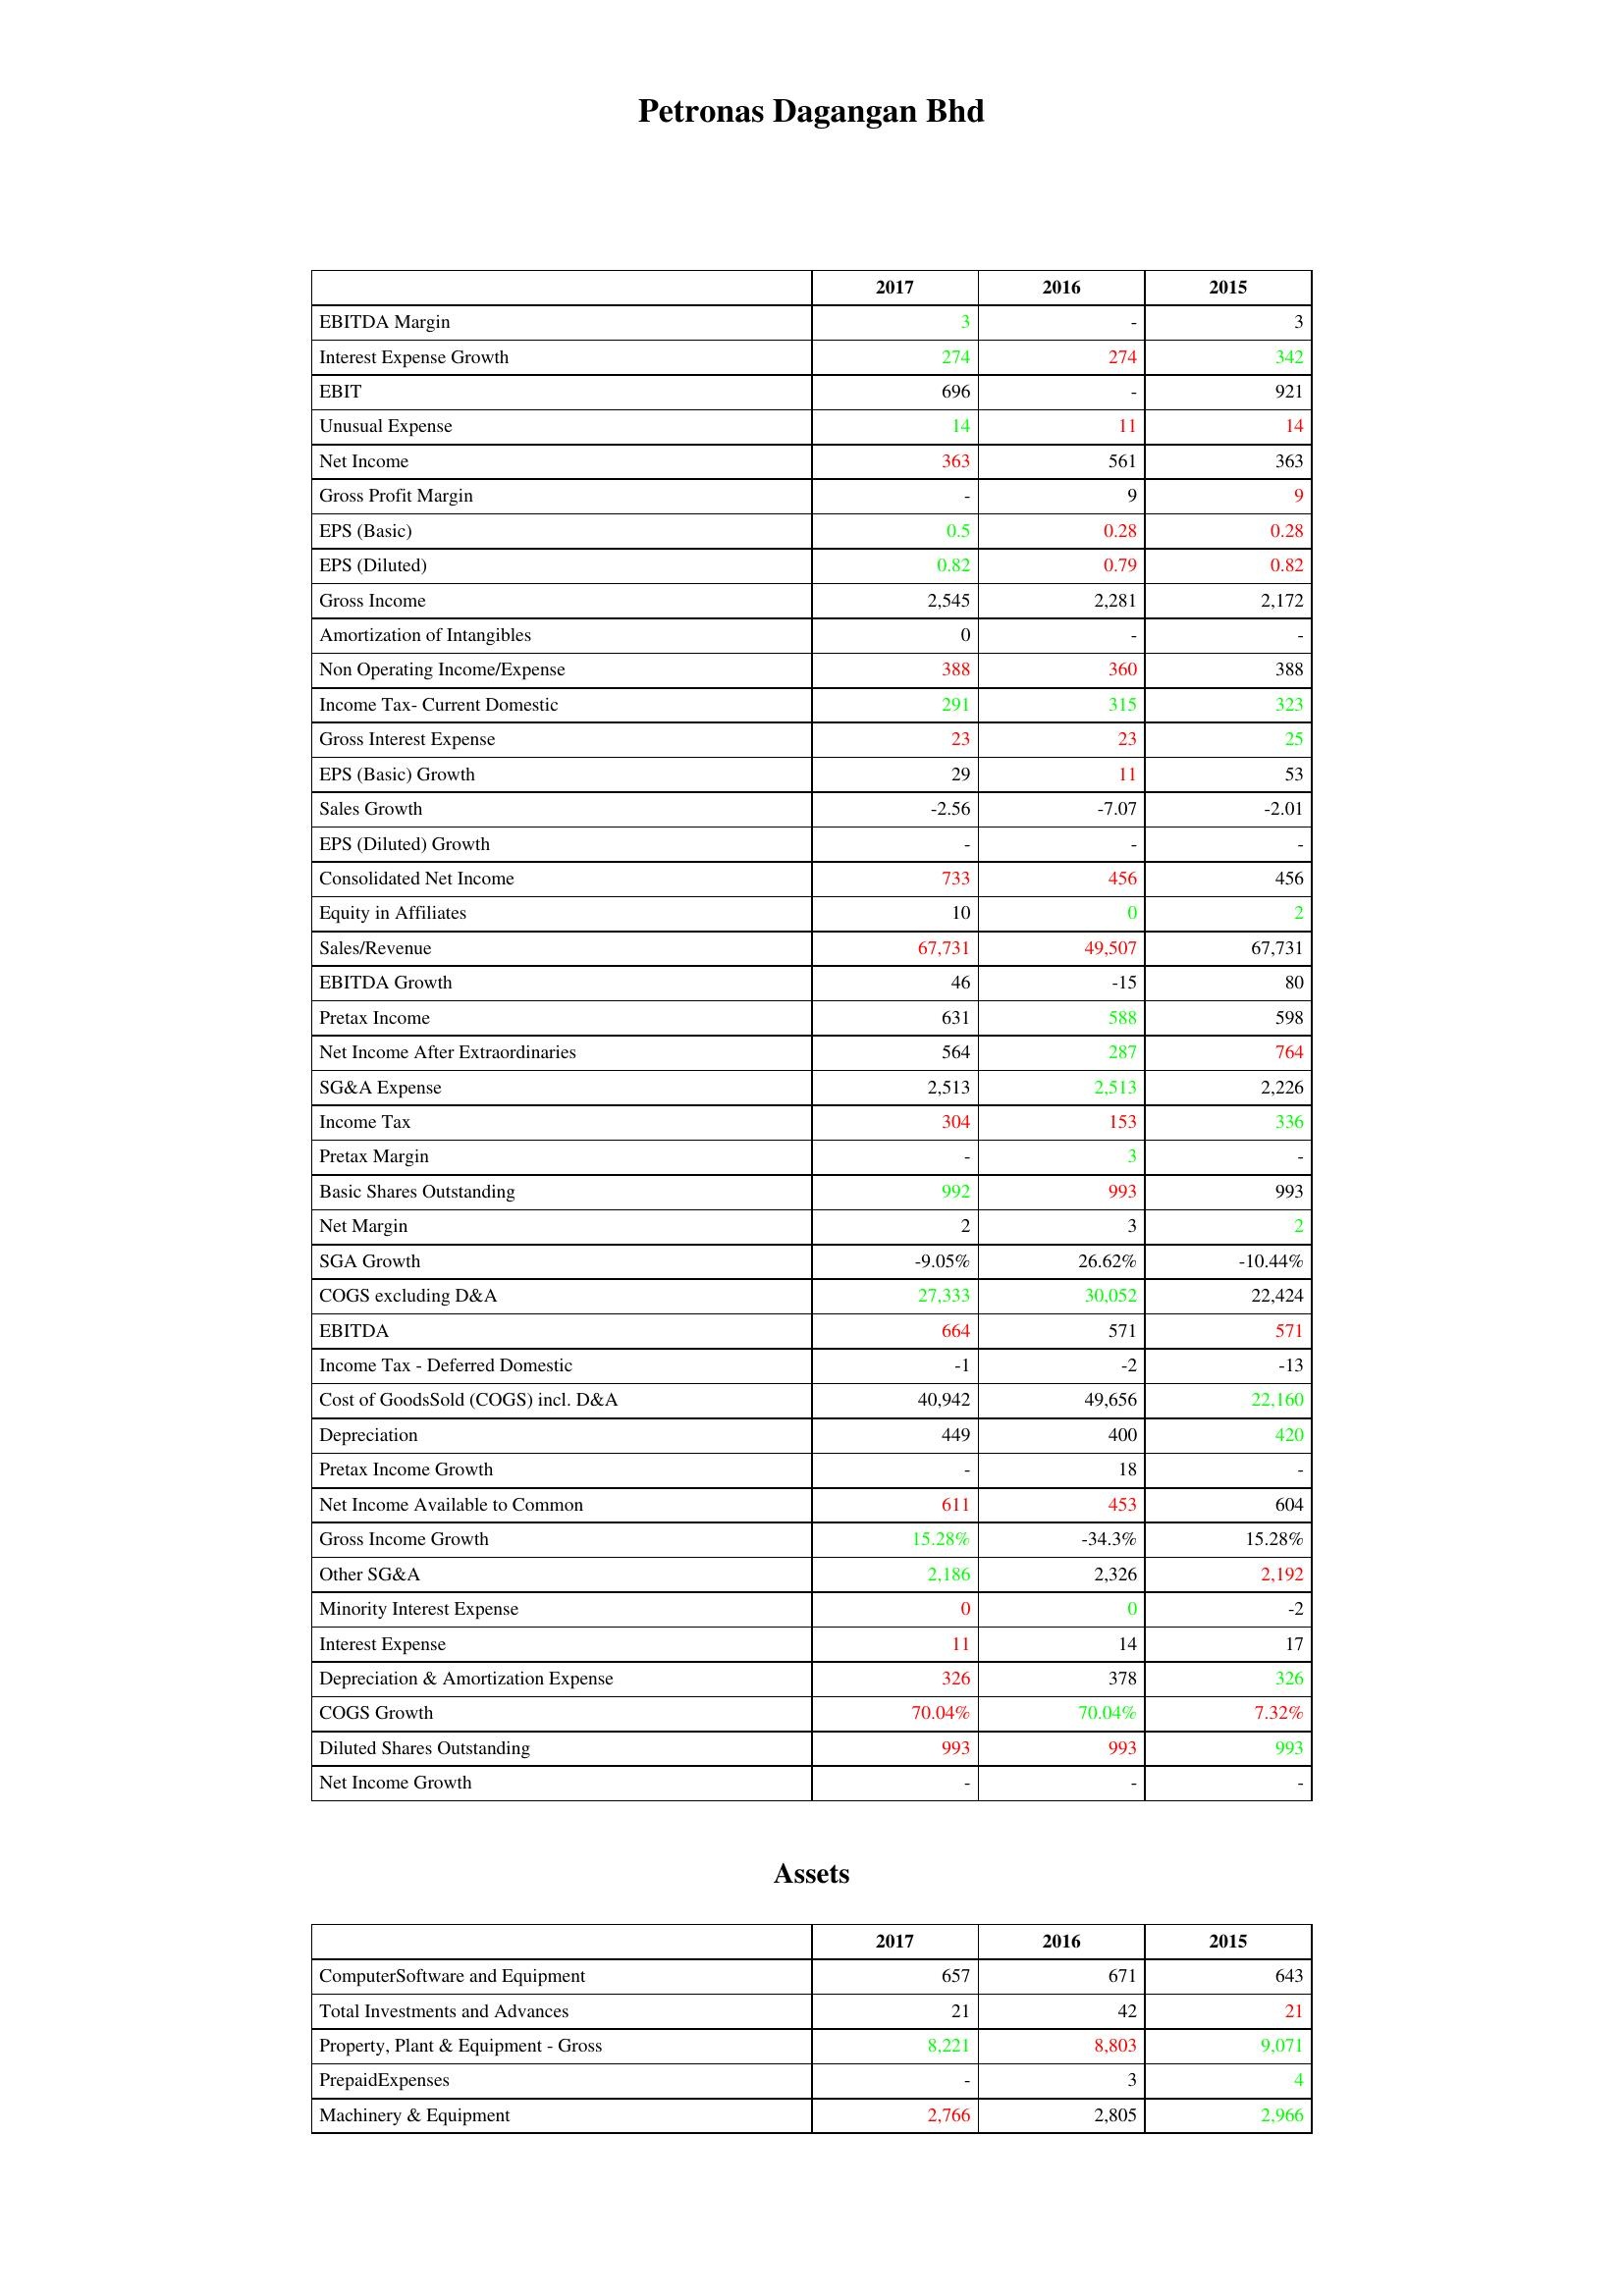
gt_parse: 2017: : EBITDA Margin: 3
Interest Expense Growth: 274
EBIT: 696
Unusual Expense: 14
Net Income: 363
Gross Profit Margin: -
EPS (Basic): 0.5
EPS (Diluted): 0.82
Gross Income: 2,545
Amortization of Intangibles: 0
Non Operating Income/Expense: 388
Income Tax- Current Domestic: 291
Gross Interest Expense: 23
EPS (Basic) Growth: 29
Sales Growth: -2.56
EPS (Diluted) Growth: -
Consolidated Net Income: 733
Equity in Affiliates: 10
Sales/Revenue: 67,731
EBITDA Growth: 46
Pretax Income: 631
Net Income After Extraordinaries: 564
SG&A Expense: 2,513
Income Tax: 304
Pretax Margin: -
Basic Shares Outstanding: 992
Net Margin: 2
SGA Growth: -9.05%
COGS excluding D&A: 27,333
EBITDA: 664
Income Tax - Deferred Domestic: -1
Cost of GoodsSold (COGS) incl. D&A: 40,942
Depreciation: 449
Pretax Income Growth: -
Net Income Available to Common: 611
Gross Income Growth: 15.28%
Other SG&A: 2,186
Minority Interest Expense: 0
Interest Expense: 11
Depreciation & Amortization Expense: 326
COGS Growth: 70.04%
Diluted Shares Outstanding: 993
Net Income Growth: -
Assets: ComputerSoftware and Equipment: 657
Total Investments and Advances: 21
Property, Plant & Equipment - Gross : 8,221
PrepaidExpenses: -
Machinery & Equipment: 2,766
2016: : EBITDA Margin: -
Interest Expense Growth: 274
EBIT: -
Unusual Expense: 11
Net Income: 561
Gross Profit Margin: 9
EPS (Basic): 0.28
EPS (Diluted): 0.79
Gross Income: 2,281
Amortization of Intangibles: -
Non Operating Income/Expense: 360
Income Tax- Current Domestic: 315
Gross Interest Expense: 23
EPS (Basic) Growth: 11
Sales Growth: -7.07
EPS (Diluted) Growth: -
Consolidated Net Income: 456
Equity in Affiliates: 0
Sales/Revenue: 49,507
EBITDA Growth: -15
Pretax Income: 588
Net Income After Extraordinaries: 287
SG&A Expense: 2,513
Income Tax: 153
Pretax Margin: 3
Basic Shares Outstanding: 993
Net Margin: 3
SGA Growth: 26.62%
COGS excluding D&A: 30,052
EBITDA: 571
Income Tax - Deferred Domestic: -2
Cost of GoodsSold (COGS) incl. D&A: 49,656
Depreciation: 400
Pretax Income Growth: 18
Net Income Available to Common: 453
Gross Income Growth: -34.3%
Other SG&A: 2,326
Minority Interest Expense: 0
Interest Expense: 14
Depreciation & Amortization Expense: 378
COGS Growth: 70.04%
Diluted Shares Outstanding: 993
Net Income Growth: -
Assets: ComputerSoftware and Equipment: 671
Total Investments and Advances: 42
Property, Plant & Equipment - Gross : 8,803
PrepaidExpenses: 3
Machinery & Equipment: 2,805
2015: : EBITDA Margin: 3
Interest Expense Growth: 342
EBIT: 921
Unusual Expense: 14
Net Income: 363
Gross Profit Margin: 9
EPS (Basic): 0.28
EPS (Diluted): 0.82
Gross Income: 2,172
Amortization of Intangibles: -
Non Operating Income/Expense: 388
Income Tax- Current Domestic: 323
Gross Interest Expense: 25
EPS (Basic) Growth: 53
Sales Growth: -2.01
EPS (Diluted) Growth: -
Consolidated Net Income: 456
Equity in Affiliates: 2
Sales/Revenue: 67,731
EBITDA Growth: 80
Pretax Income: 598
Net Income After Extraordinaries: 764
SG&A Expense: 2,226
Income Tax: 336
Pretax Margin: -
Basic Shares Outstanding: 993
Net Margin: 2
SGA Growth: -10.44%
COGS excluding D&A: 22,424
EBITDA: 571
Income Tax - Deferred Domestic: -13
Cost of GoodsSold (COGS) incl. D&A: 22,160
Depreciation: 420
Pretax Income Growth: -
Net Income Available to Common: 604
Gross Income Growth: 15.28%
Other SG&A: 2,192
Minority Interest Expense: -2
Interest Expense: 17
Depreciation & Amortization Expense: 326
COGS Growth: 7.32%
Diluted Shares Outstanding: 993
Net Income Growth: -
Assets: ComputerSoftware and Equipment: 643
Total Investments and Advances: 21
Property, Plant & Equipment - Gross : 9,071
PrepaidExpenses: 4
Machinery & Equipment: 2,966